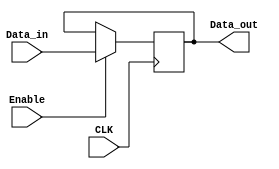
module Reg_Pipeline (
    Data_out,Data_in,Enable,CLK
);
    input wire [31:0] Data_in;
    input wire Enable,CLK;
    output reg [31:0] Data_out;

    always @(posedge CLK) begin 
        Data_out <= Enable? Data_in: Data_out;
    end
    
endmodule